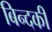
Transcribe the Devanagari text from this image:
बिन्‍दकी